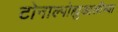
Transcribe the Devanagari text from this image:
टोनाल्पोह्युआलीच्या